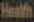
Health